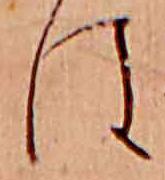
は